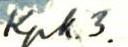
Kpk. 3.